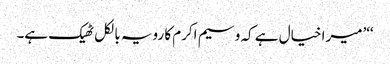
‘‘’میرا خیال ہے کہ وسیم اکرم کا رویہ بالکل ٹھیک ہے۔